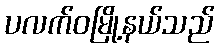
ပလက်ဝမြို့နယ်သည်